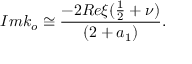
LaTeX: I m k _ { o } \cong \frac { - 2 R e \xi ( \frac { 1 } { 2 } + \nu ) } { ( 2 + a _ { 1 } ) } .